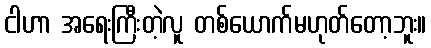
ငါဟာ အရေးကြီးတဲ့လူ တစ်ယောက်မဟုတ်တော့ဘူး။